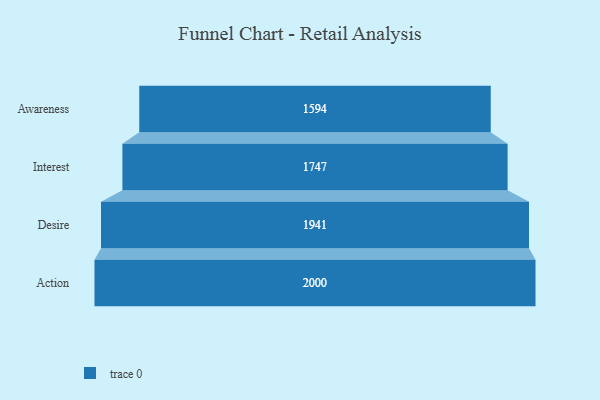
{"axis": {"x": "Stage", "y": "Value"}, "legend": [""], "data": [{"x": "Awareness", "y": 1594.0, "type": ""}, {"x": "Interest", "y": 1747.0, "type": ""}, {"x": "Desire", "y": 1941.0, "type": ""}, {"x": "Action", "y": 2000, "type": ""}]}